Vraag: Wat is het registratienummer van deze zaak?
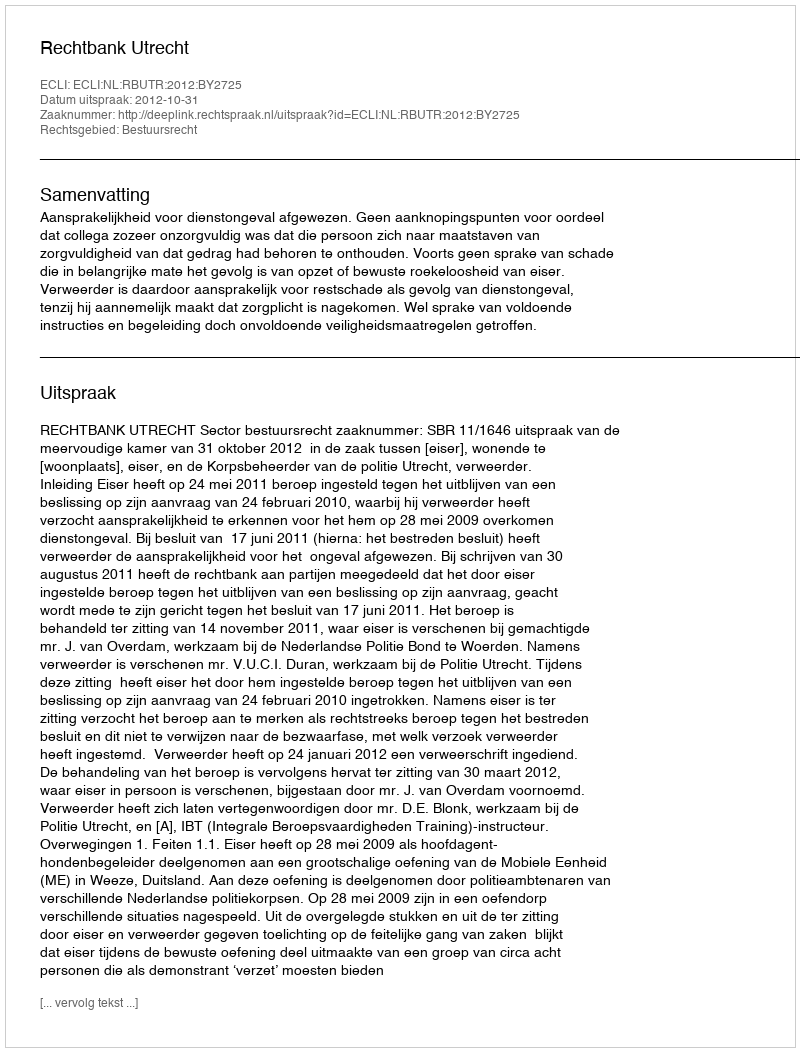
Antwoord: http://deeplink.rechtspraak.nl/uitspraak?id=ECLI:NL:RBUTR:2012:BY2725